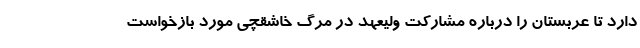
دارد تا عربستان را درباره مشارکت ولیعهد در مرگ خاشقچی مورد بازخواست